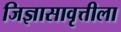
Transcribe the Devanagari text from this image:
जिज्ञासावृत्तीला